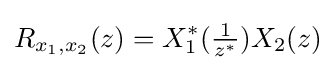
R_{x_{1},x_{2}}(z)=X_{1}^{*}({\tfrac {1}{z^{*}}})X_{2}(z)